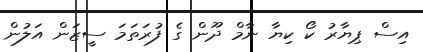
އިސް ޕިޔާރު ކޯ ކިޔާ ނާމް ދޫން ގެ ފުރަތަމަ ސީޒަން އަލުން